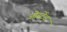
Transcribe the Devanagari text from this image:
ओस्टेंड